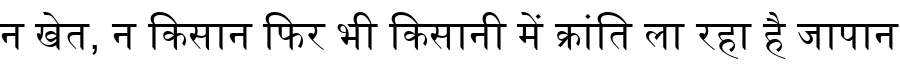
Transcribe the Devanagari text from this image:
न खेत, न किसान फिर भी किसानी में क्रांति ला रहा है जापान